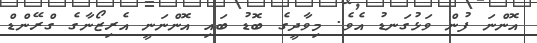
އޮންނަ ފުން ވަޅުގަނޑު އެވެ. މިވާދީގެ ބޮޑު ބައި އޮންނަނީ އެރިޒޯނާގެ ގްރޭންޑް